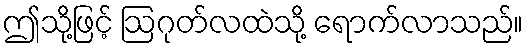
ဤသို့ဖြင့် ဩဂုတ်လထဲသို့ ရောက်လာသည်။